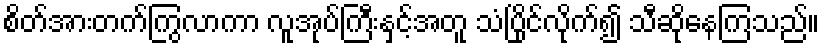
စိတ်အားတက်ကြွလာကာ လူအုပ်ကြီးနှင့်အတူ သံပြိုင်လိုက်၍ သီဆိုနေကြသည်။